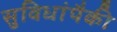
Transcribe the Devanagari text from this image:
सुविधांपैकी